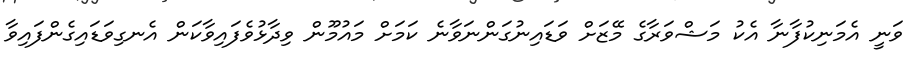
ވަނީ އެމަނިކުފާނާ އެކު މަޝްވަރާގެ މޭޒަށް ވަޑައިނުގަންނަވާނެ ކަމަށް މައުމޫން ވިދާޅުވެފައިވާކަން އެނގިވަޑައިގެންފައިވާ